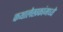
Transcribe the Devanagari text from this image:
कथालेखकांमध्ये